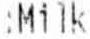
:MILK